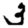
Digit: 3